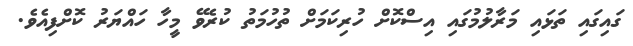
ގައިގައި ތަޅައި މަރާލުމުގައި އިސްކޮށް ހުރިކަމަށް ތުހުމަތު ކުރެވޭ މީހާ ހައްޔަރު ކޮށްފިއެވެ.